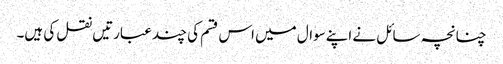
چنانچہ سائل نے اپنےسوال میں اس قسم کی چند عبارتیں نقل کی ہیں۔